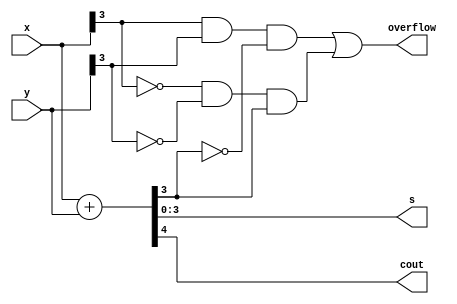
`timescale 1ns / 1ps
//////////////////////////////////////////////////////////////////////////////////
// Company: 
// Engineer: 
// 
// Design Name: 
// Module Name: arithmetic_operators
// Project Name: 
// Target Devices: 
// Tool Versions: 
// Description: 
// 
// Dependencies: 
// 
// Revision:
// Revision 0.01 - File Created
// Additional Comments:
// 
//////////////////////////////////////////////////////////////////////////////////

//Parametrized n-bit multi adder.
module arithmetic_operators
    #(parameter n = 4)
    (
        input [n-1:0] x,//n-1 since we want 4 bit numbers this will leave us with [3:0]
        input [n-1:0] y,
        output [n-1:0] s,
        output cout, overflow
    );
    
    wire [n:0] sum; // from 0 to n, o inclusive. So this wire is has n+1 bits. In this case where n = 4 this wire is 5 bits.
    
    /* Deleting the stars here shows the second to last revision made in lecture
    //Originally we wrote the followig line!
    //assign sum = {1'b0, x} + {1'b0, y}; //this is addition of two 5-bit numbers
    //the {} = concatenation operator helps concatenate different vectors/signals next to each other
    //anything after or before the comma are next to each other
    
    //but we can just write this: why does this simplified version still work despite trying to assign a 5-bit sum to 4-bit addition?
    assign sum = x + y;  
    //in verilog it will automatically add a zero before x and before y like we did manually in the concatenation in the comments. This can be dangerous
    //if the numbers are signed because adding a zero bit to a negative number will change the sign. 
    //to force a number to be signed you can do this: input signed [n-1:0] x,
    //now if you do the assignment of a 5 bit sum to the 4 bit x and y's it will add an extra 1 bit to the front if it is negative to keep the correct sign
      
    assign s = sum [n-1:0]; //s is the sum  output we chose in the beginning. We are particularly interested in the first 4 bits
    //This is because the last bit is the carry out (cout)
    assign cout = sum[n];// the carryout is the last bit in this case the 5th bit. sum[n] = sum[4] since n=4. this is the 5th bit!
    */
    
    //instead of doing all that mumbo jumbo above we can simply do this
    
    assign {cout, s} = x + y; //it is the same!
    //by default vivado will expand x and y depending on the MSB. if it is 0 it will expand with 0 and if it is 1 it will expand with 1
    
    assign overflow = (x[n-1] & y[n-1] & ~s[n-1]) | (~x[n-1] & ~y[n-1] & s[n-1]);
    //if x is positive and y is positive and the sum is not positive then overflow is 1
    //if x is negative and y is negative and sum is 0, then overflow is 1
    
     
    
endmodule